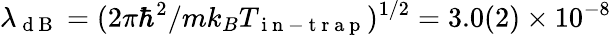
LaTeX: \lambda_{\mathrm{~d~B~}}=(2\pi\hbar^{2}/mk_{B}T_{\mathrm{~i~n~-~t~r~a~p~}})^{1/2}=3.0(2)\times 10^{-8}